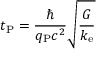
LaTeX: t _ { \mathrm { P } } = { \frac { \hbar } { q _ { \mathrm { P } } c ^ { 2 } } } { \sqrt { \frac { G } { k _ { \mathrm { e } } } } }